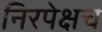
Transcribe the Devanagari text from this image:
निरपेक्षच